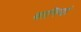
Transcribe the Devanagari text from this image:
बानियां